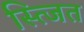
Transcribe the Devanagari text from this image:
स्त्जित